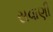
સવાણી